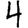
Digit: 4